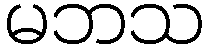
မဘသ